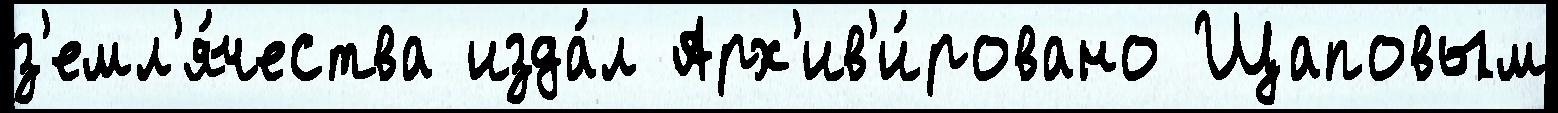
з'емл'я́чества изда́л Арх'ив'и́ровано Щаповым